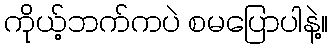
ကိုယ့်ဘက်ကပဲ စမပြောပါနဲ့။